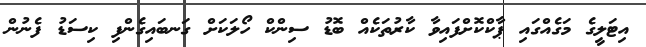
އިޓަލީގެ މަގެއްގައި ޕާކްކޮށްފައިވާ ކާރުތަކެއް ބޮޑު ސިންކް ހޯލަކަށް ގަނބައިގެންފި ކިސަޑު ފެނުން